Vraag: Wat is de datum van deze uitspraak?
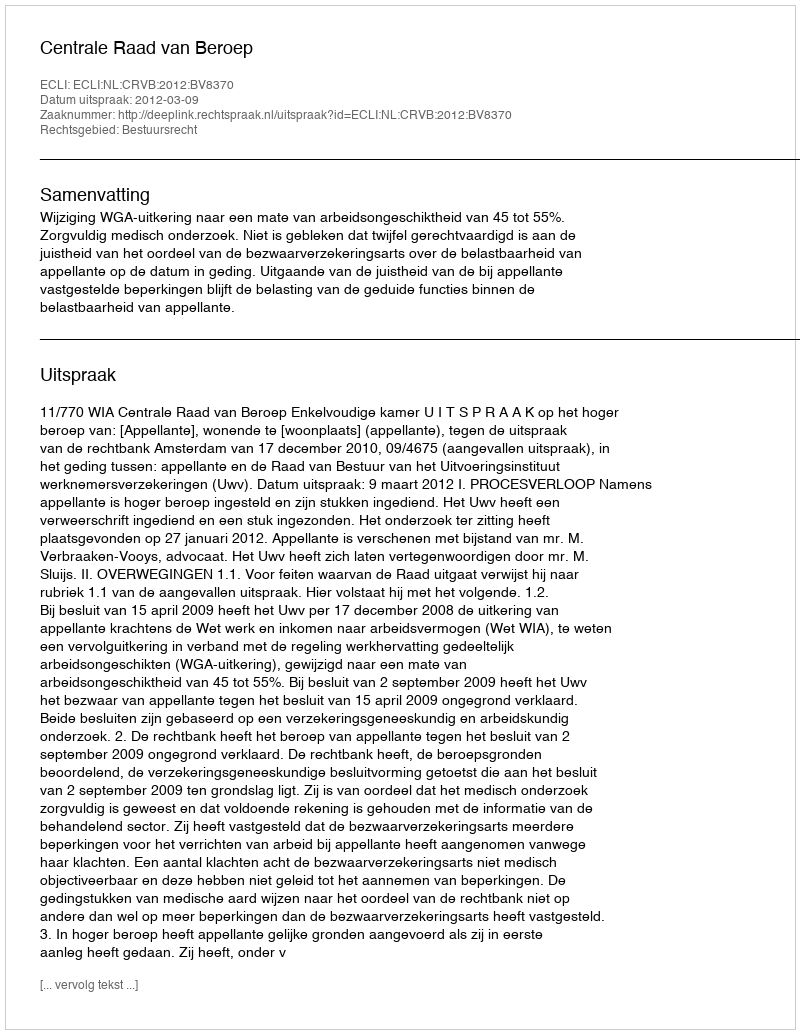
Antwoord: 2012-03-09